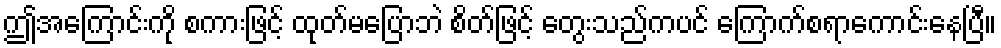
ဤအကြောင်းကို စကားဖြင့် ထုတ်မပြောဘဲ စိတ်ဖြင့် တွေးသည်ကပင် ကြောက်စရာကောင်းနေပြီ။